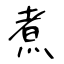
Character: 煮